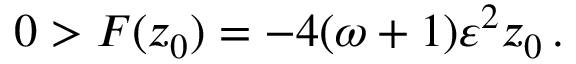
0 > F ( z _ { 0 } ) = - 4 ( \omega + 1 ) \varepsilon ^ { 2 } z _ { 0 } \, .